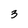
Character: 3